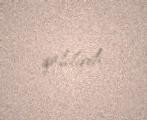
qaldırdı.